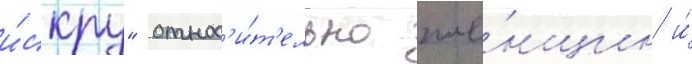
и́скру" относ'и́т'ельно же́нщин и́